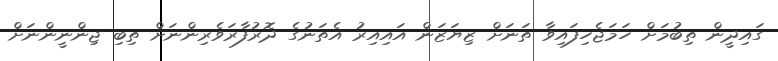
ގައިދީން ތިބުމަށް ހަމަޖެހިފައިވާ ތަނަށް ޒިޔަޒަން އައިއިރު އެތަނުގެ ދޮރުފާރަވެރިންނަށް ތިބި ޖިންނީންނަށް